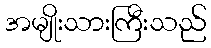
အမျိုးသားကြီးသည်